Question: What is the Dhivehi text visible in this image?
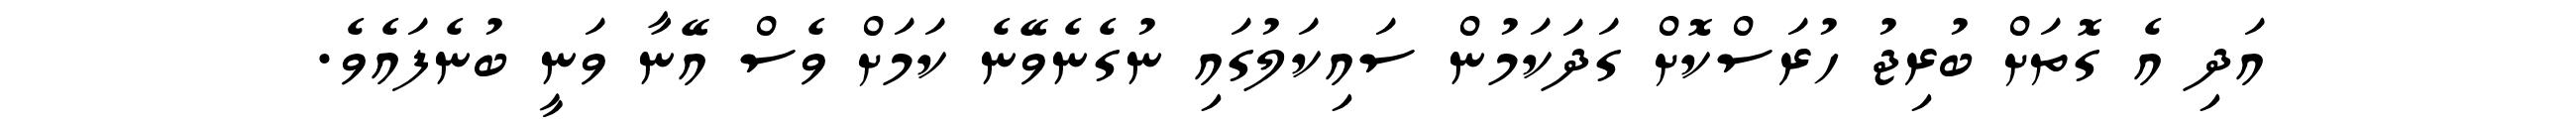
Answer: އަދި އެ ގޮތަށް ބުރިޖު ހުރަސްކޮށް ގަދަކަމުން ސައިކަލުގައި ނުގެނެވޭނެ ކަމަށް ވެސް އޭނާ ވަނީ ބުނެފައެވެ.